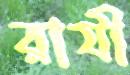
রাযী